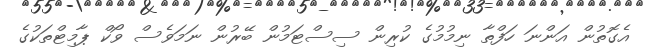
އެގޮތުން އަންނަ ހަފްތާ ނިމުމުގެ ކުރިން ސިސްޓަމުން ބޭރުން ނަމަވެސް ވޯކް ޕާމިޓްތަކުގެ